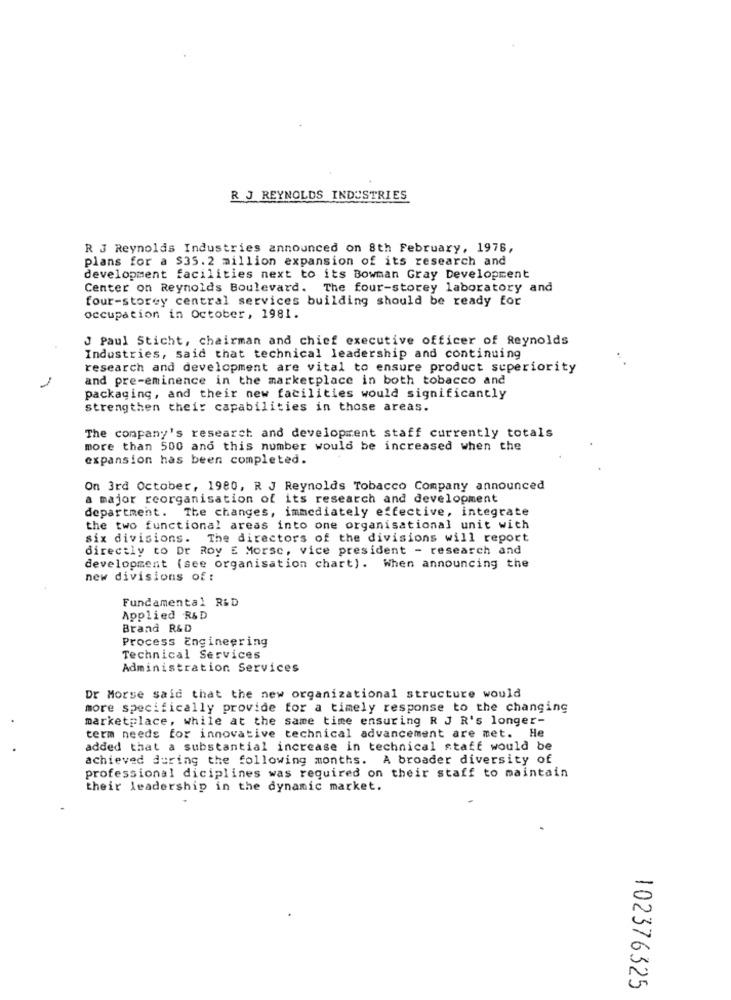
R J REYNOLDS INDUSTRIES
R J Reynolds Industries announced on 8th February, 1976,
plans for a $35.2 million expansion of its research and
development facilities next to its Bowman Gray Development
Center on Reynolds Boulevard. The four-storey laboratory and
four-storey central services building should be ready for
occupation in October, 1981.
J Paul Sticht, chairman and chief executive officer of Reynolds
Industries, said that technical leadership and continuing
research and development are vital to ensure product superiority
and pre-eminence in the marketplace in both tobacco and
packaging, and their new facilities would significantly
strengthen their capabilities in those areas.
The company's research and development staff currently totals
more than 500 ano this number would be increased when the
expansion has been completed.
On 3rd October, 1980, R J Reynolds Tobacco Company announced
a major reorganisation of its research and development
department. The changes, immediately effective, integrate
the two functional areas into one organisational unit with
six divisions. The directors of the divisions will report
directly to Dr Roy E Morse, vice president - research and
development (see organisation chart). When announcing the
new divisions of :
Fundamental R&D
Applied R&D
Brand R&D
Process Engineering
Technical Services
Administration Services
Dr Morse said that the new organizational structure would
more specifically provide for a timely response to the changing
marketplace, while at the same time ensuring R J R's longer-
term needs for innovative technical advancement are met. He
added that a substantial increase in technical staff would be
achieved during the following months. A broader diversity of
professional diciplines was required on their staff to maintain
their leadership in the dynamic market.
102376325